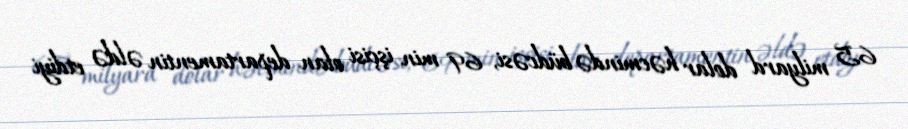
65 milyard dolar həcmində büdcəsi, 69 min işçisi olan departamentin əldə etdiyi